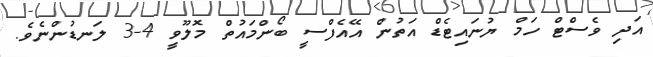
އަދި ވެސްޓް ހަމް ޔުނައިޓެޑް އަތުން އޭއެފްސީ ބޯންމައުތް މޮލޫވީ 4-3 ލަނޑުންނެވެ.